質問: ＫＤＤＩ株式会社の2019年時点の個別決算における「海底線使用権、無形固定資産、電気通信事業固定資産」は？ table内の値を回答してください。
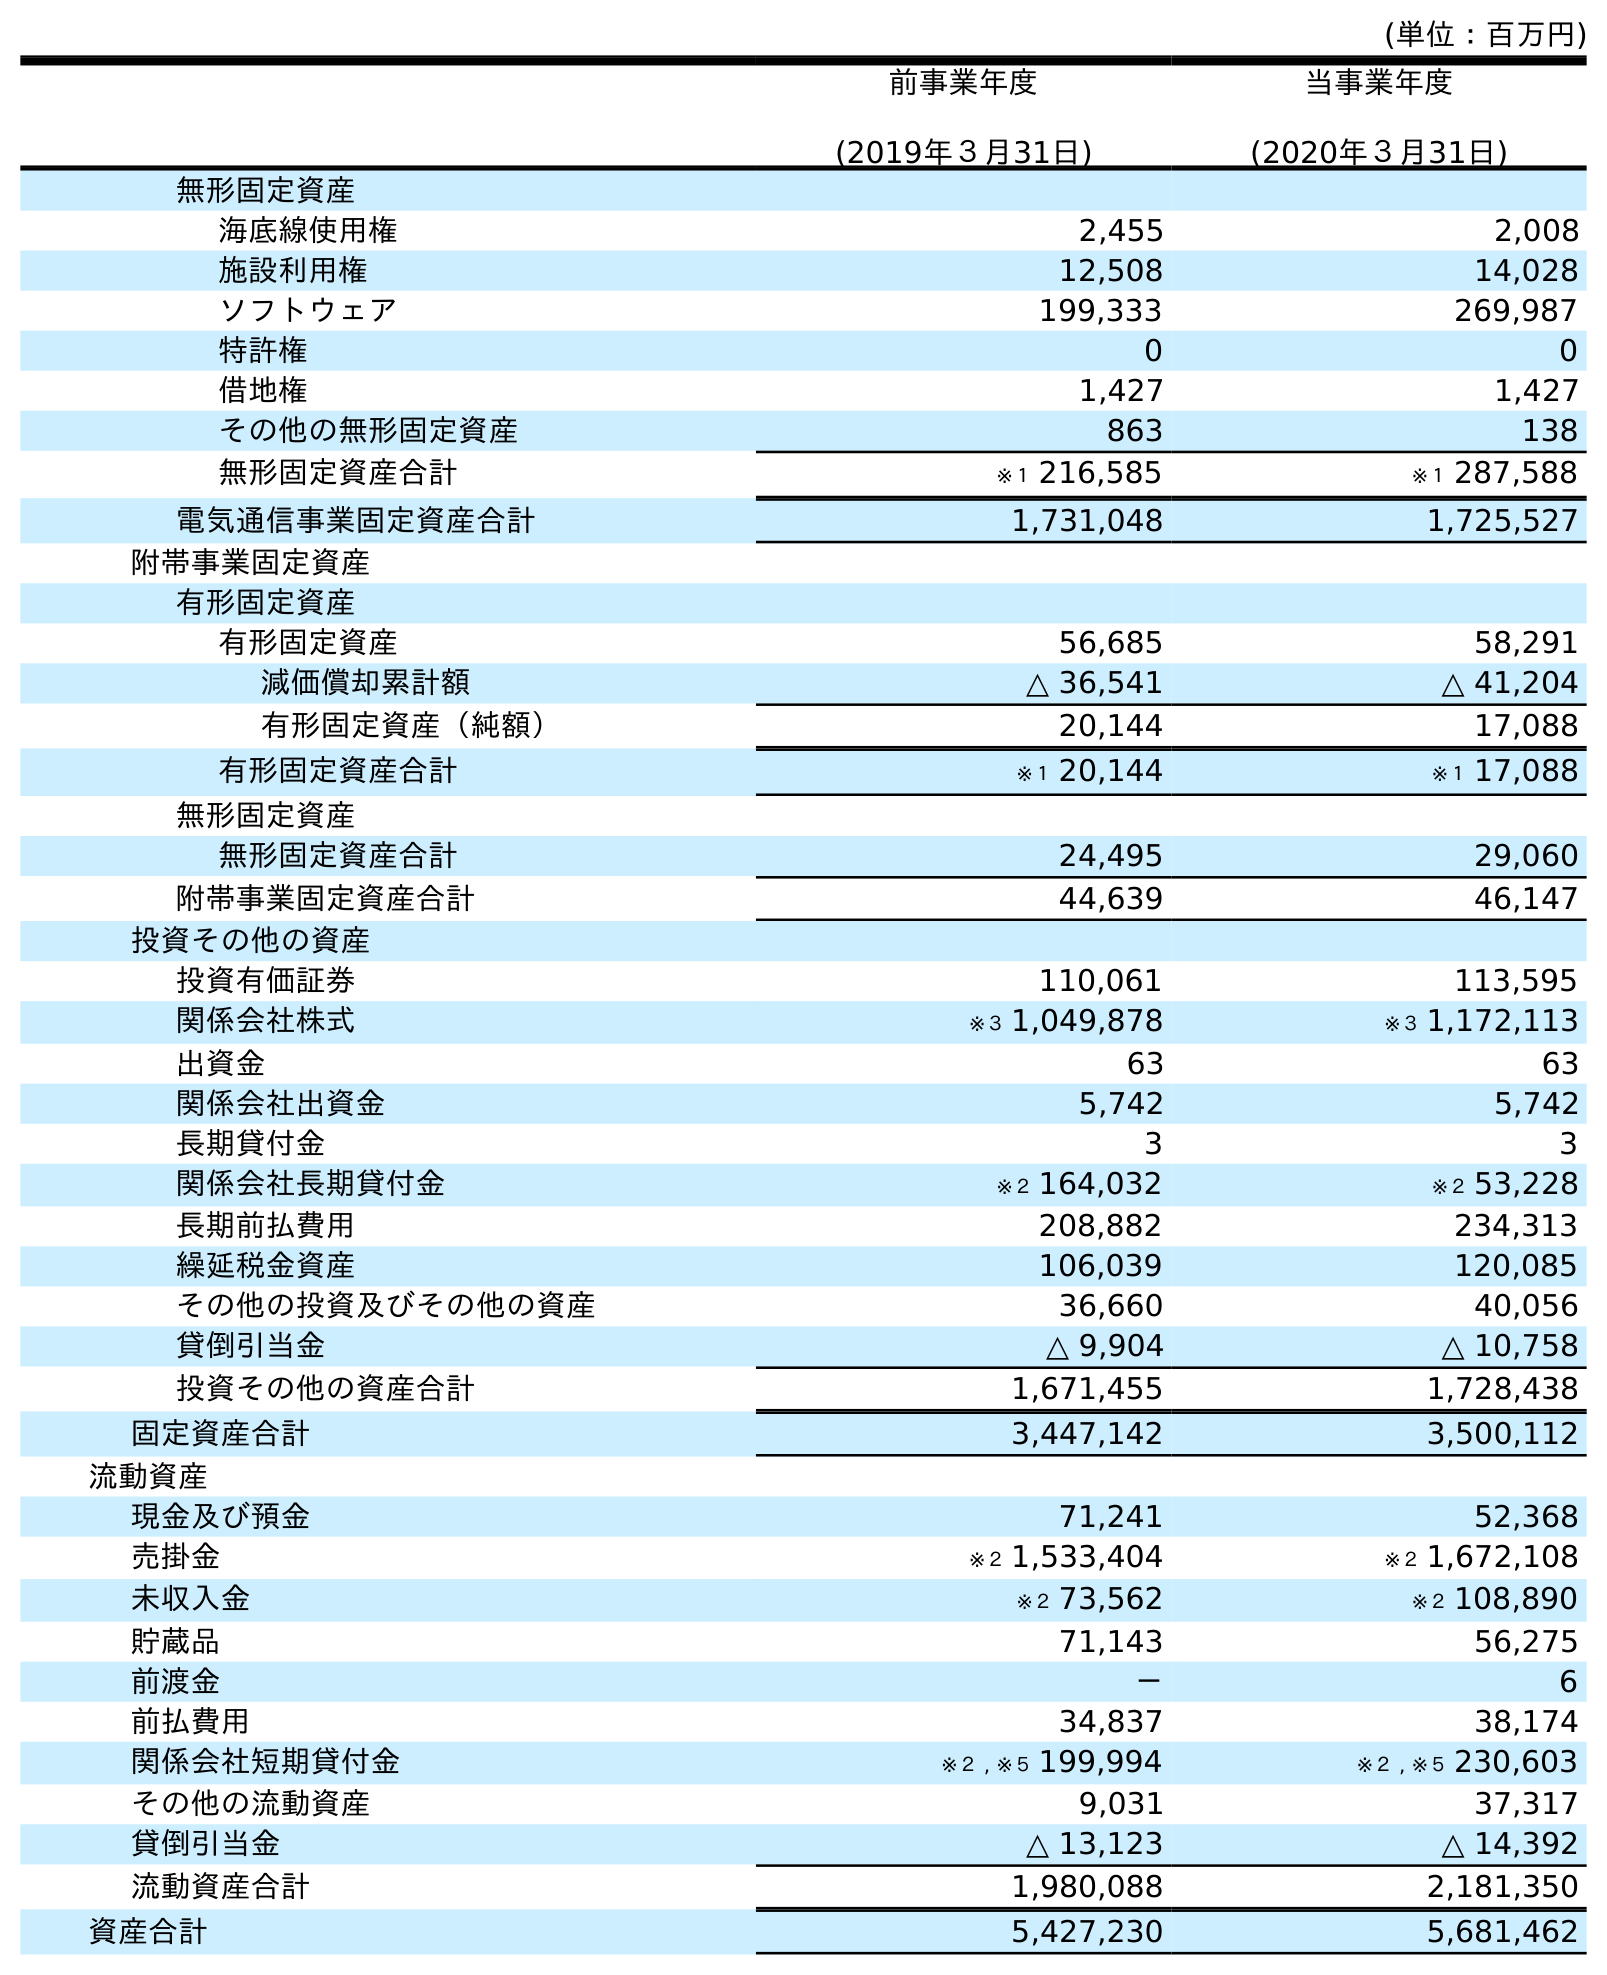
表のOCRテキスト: (単位：百万円) 前事業年度 (2019年３月31日) 当事業年度 (2020年３月31日) 無形固定資産 海底線使用権 2,455 2,008 施設利用権 12,508 14,028 ソフトウェア 199,333 269,987 特許権 0 0 借地権 1,427 1,427 その他の無形固定資産 863 138 無形固定資産合計 ※１ 216,585 ※１ 287,588 電気通信事業固定資産合計 1,731,048 1,725,527 附帯事業固定資産 有形固定資産 有形固定資産 56,685 58,291 減価償却累計額 △ 36,541 △ 41,204 有形固定資産（純額） 20,144 17,088 有形固定資産合計 ※１ 20,144 ※１ 17,088 無形固定資産 無形固定資産合計 24,495 29,060 附帯事業固定資産合計 44,639 46,147 投資その他の資産 投資有価証券 110,061 113,595 関係会社株式 ※３ 1,049,878 ※３ 1,172,113 出資金 63 63 関係会社出資金 5,742 5,742 長期貸付金 3 3 関係会社長期貸付金 ※２ 164,032 ※２ 53,228 長期前払費用 208,882 234,313 繰延税金資産 106,039 120,085 その他の投資及びその他の資産 36,660 40,056 貸倒引当金 △ 9,904 △ 10,758 投資その他の資産合計 1,671,455 1,728,438 固定資産合計 3,447,142 3,500,112 流動資産 現金及び預金 71,241 52,368 売掛金 ※２ 1,533,404 ※２ 1,672,108 未収入金 ※２ 73,562 ※２ 108,890 貯蔵品 71,143 56,275 前渡金 － 6 前払費用 34,837 38,174 関係会社短期貸付金 ※２ , ※５ 199,994 ※２ , ※５ 230,603 その他の流動資産 9,031 37,317 貸倒引当金 △ 13,123 △ 14,392 流動資産合計 1,980,088 2,181,350 資産合計 5,427,230 5,681,462
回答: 2,455